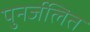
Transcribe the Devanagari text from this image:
पुनर्जलित